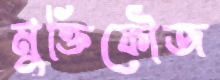
মুক্তিফৌজ